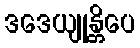
ဒဒေယျုန္တိပေ